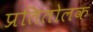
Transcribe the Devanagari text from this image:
प्रतितोलक